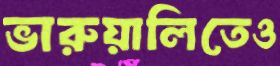
ভারুয়ালিতেও